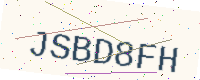
Text: JSBD8FH